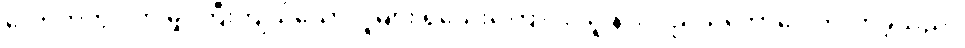
လောကတွင် ဤမျှ ကြီးကျယ်သောလူများ ရှိသေးကြောင်း သူ နားလည်သဘောပေါက်လာခဲ့သည်။